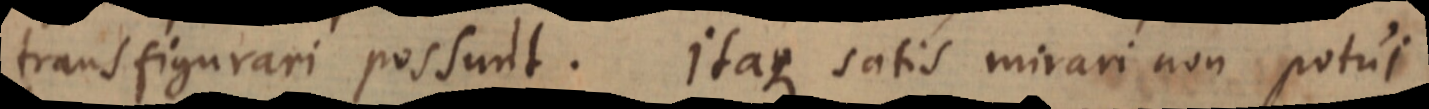
transfigurari possunt. Itaque satis mirari non potui